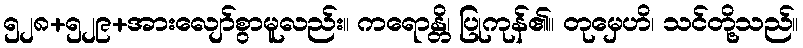
၅၂၈+၅၂၉+အားလျော်စွာမူလည်း။ ကရောန္တိ၊ ပြုကုန်၏။ တုမှေဟိ၊ သင်တို့သည်။